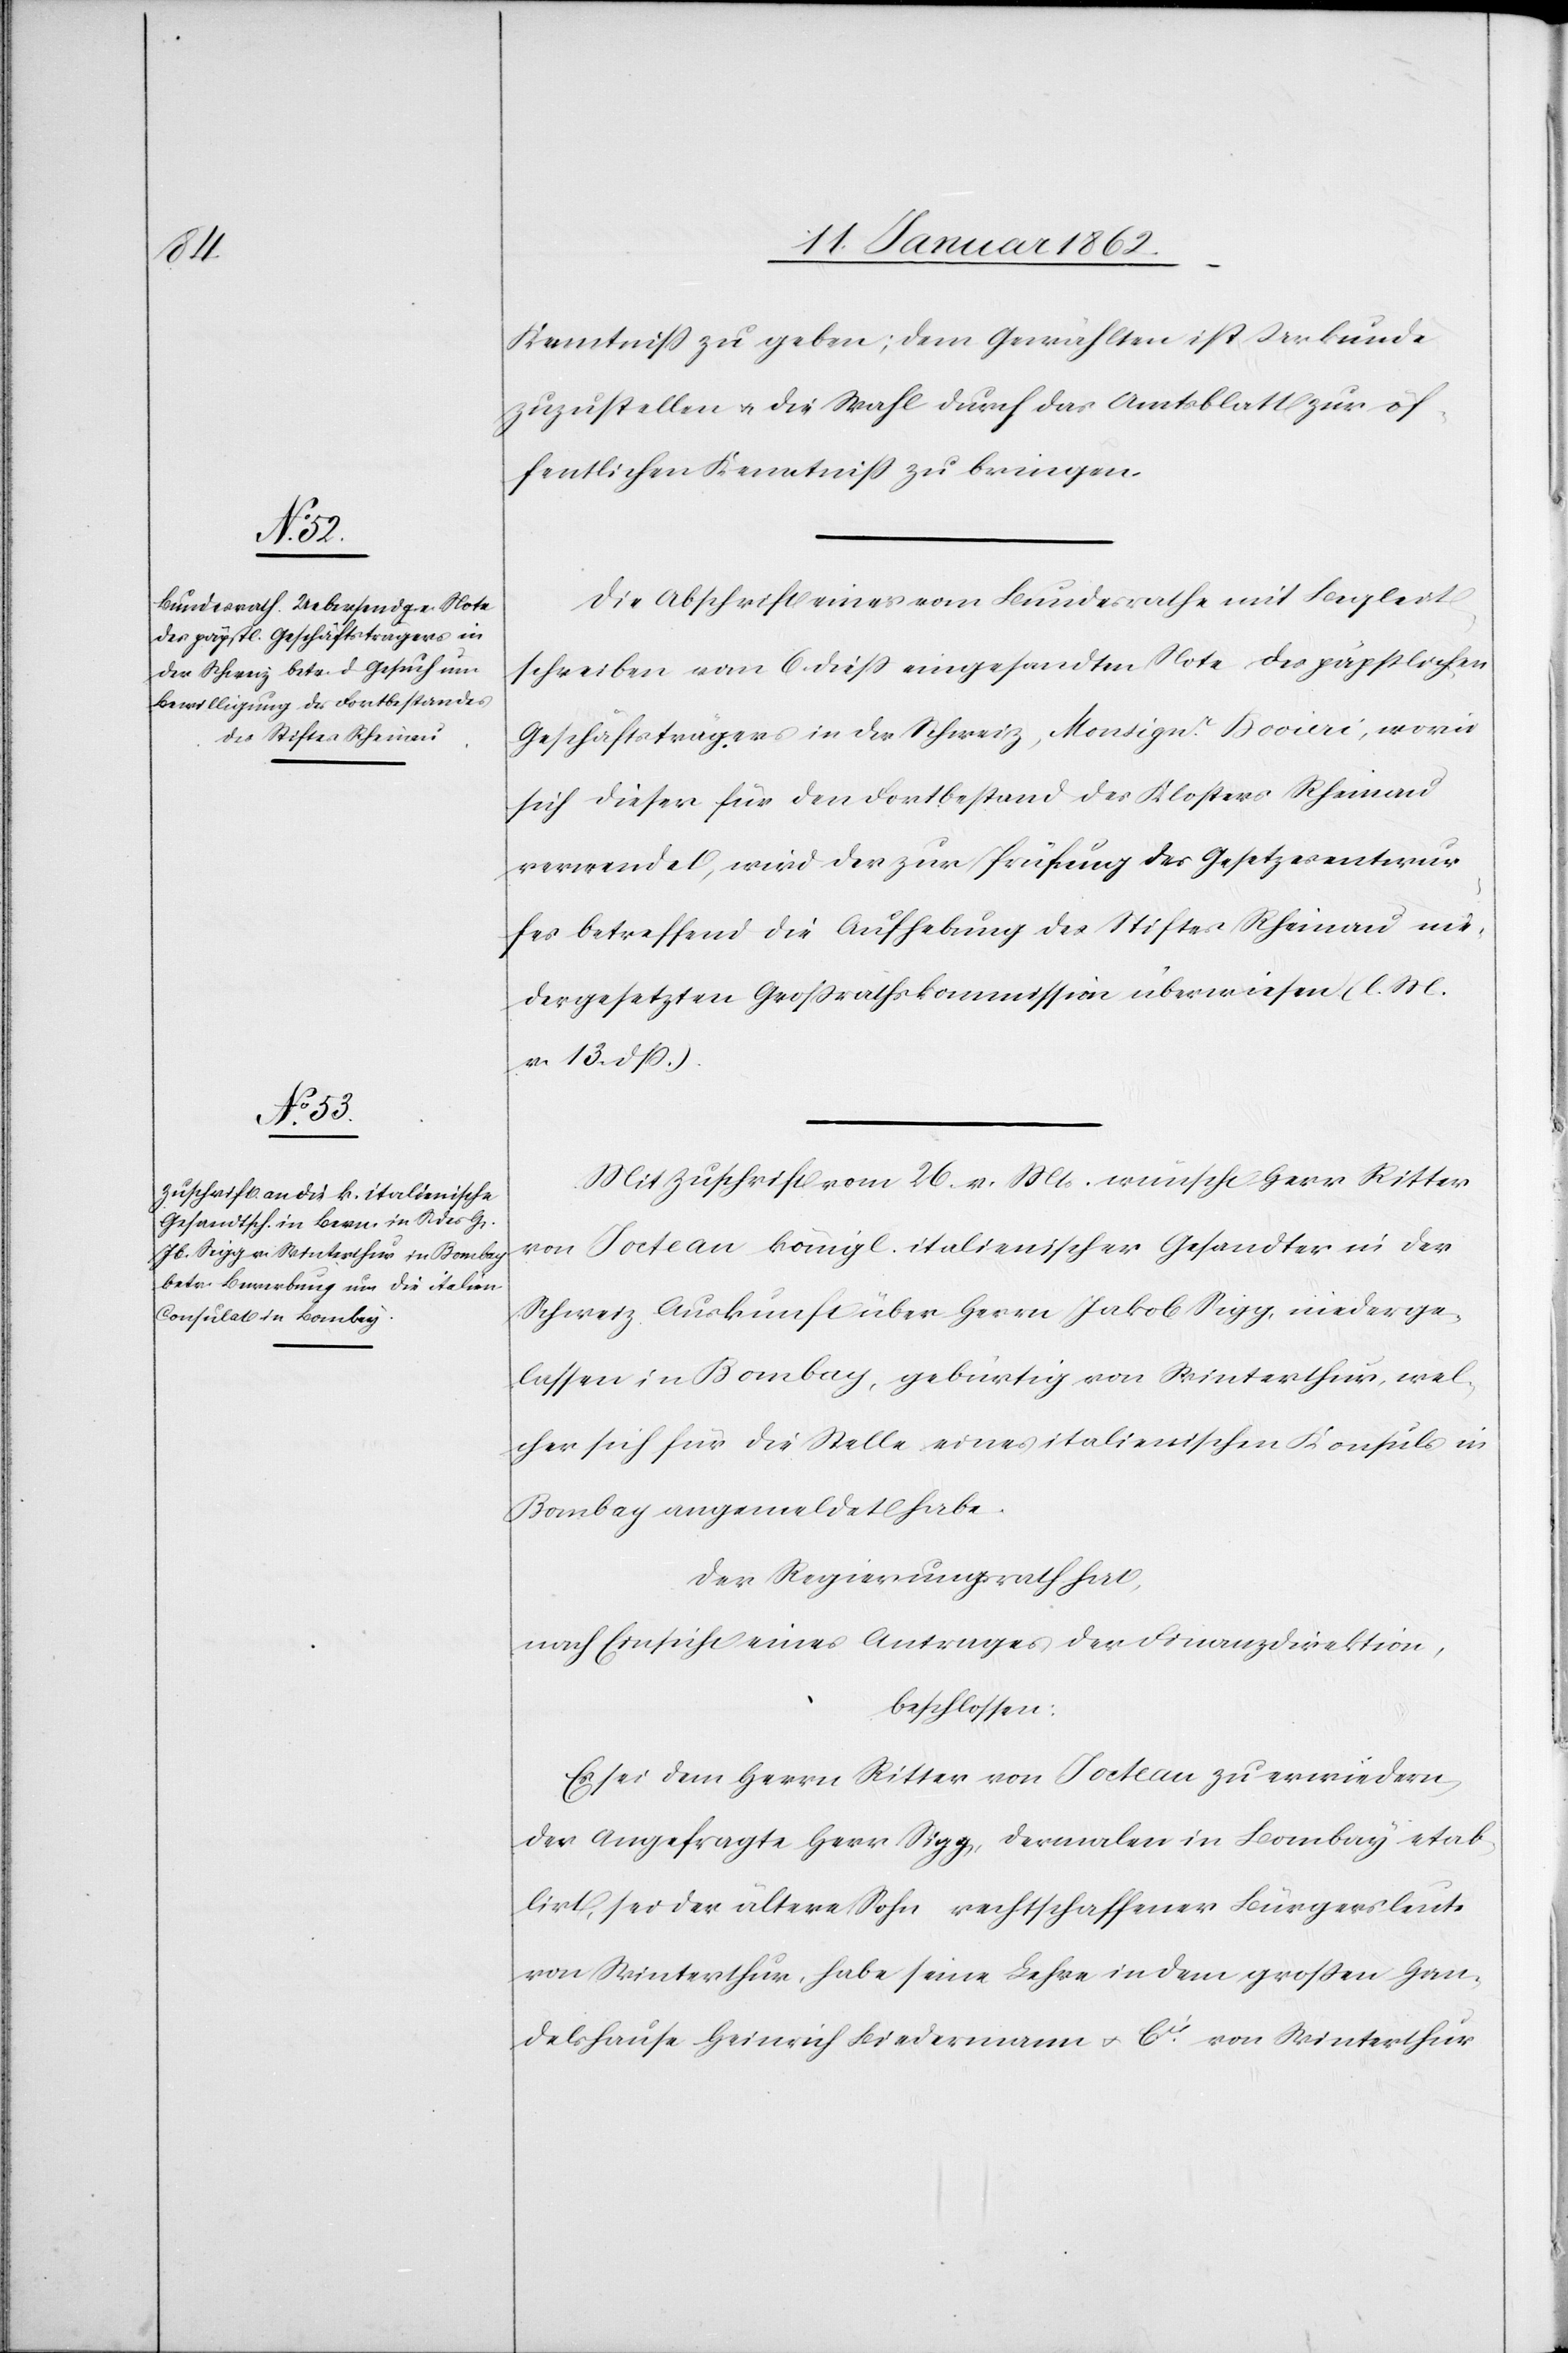
Kenntniß zu geben; dem Gewählten ist Urkunde
zuzustellen u. die Wahl durch das Amtsblatt zur öf¬
fentlichen Kenntniß zu bringen.
Die Abschrift einer vom Bundesrathe mit Begleit¬
schreiben vom 6. dieß eingesandten Note des päpstlichen
Geschäftsträgers in der Schweiz, Monsignr. Bovieri, worin
sich dieser für den Fortbestand des Klosters Rheinau
verwendet, wird der zur Prüfung des Gesetzesentwur¬
fes betreffend die Aufhebung des Stiftes Rheinau nie¬
dergesetzten Großrathskommission überwiesen (l. M.
v. 13. dß.).
Mit Zuschrift vom 26. v. Mts. wünscht Herr Ritter
von Jocteau königl. italienischer Gesandter in der
Schweiz Auskunft über Herrn Jakob Sigg, niederge¬
lassen in Bombay, gebürtig von Winterthur, wel¬
cher sich für die Stelle eines italienischen Konsuls in
Bombay angemeldet habe.
Der Regierungsrath hat,
nach Einsicht eines Antrages der Finanzdirektion,
beschlossen:
Es sei dem Herrn Ritter von Jocteau zu erwiedern,
der angefragte Herr Sigg, dermalen in Bombay etab¬
lirt, sei der ältere Sohn rechtschaffener Bürgersleute
von Winterthur, habe seine Lehre in dem großen Han¬
delshause Heinrich Biedermann u. Cie. von Winterthur